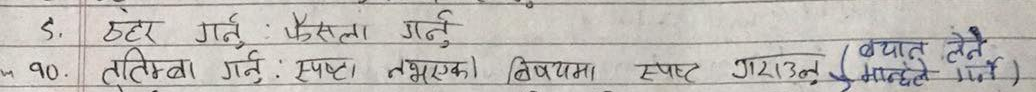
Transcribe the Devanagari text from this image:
९. छहेर गर्नु: फैसला गर्नु
१०. तटिम्व गर्नु : स्पष्ट नभएको विषयमा स्पष्ट गराउन (ब्यात लेले मन्ले गर्नु)